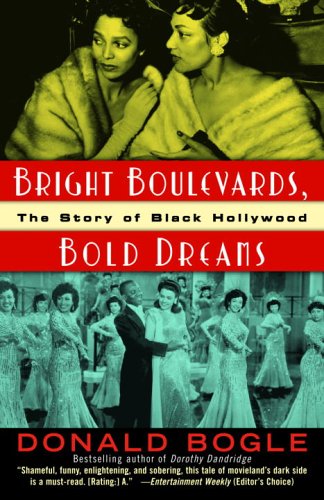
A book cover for Bright Boulevards, Bold Dreams: The Story of Black Hollywood; Donald Bogle; Humor & Entertainment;